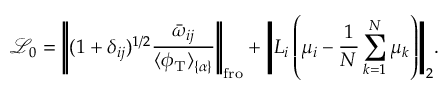
\mathcal { L } _ { 0 } = \Bigg | \! \Bigg | ( 1 + \delta _ { i j } ) ^ { 1 / 2 } \frac { \bar { \omega } _ { i j } } { \langle \phi _ { \mathrm { T } } \rangle _ { \{ \alpha \} } } \Bigg | \! \Bigg | _ { \mathrm { f r o } } + \Bigg | \! \Bigg | L _ { i } \left( \mu _ { i } - \frac { 1 } { N } \sum _ { k = 1 } ^ { N } \mu _ { k } \right) \! \Bigg | \! \Bigg | _ { 2 } .